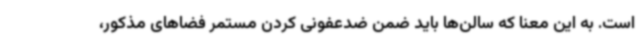
است. به این معنا که سالن‌ها باید ضمن ضدعفونی کردن مستمر فضاهای مذکور،